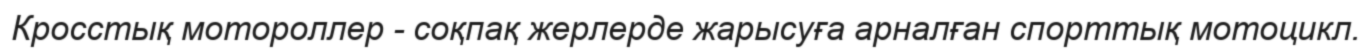
Кросстық мотороллер - соқпақ жерлерде жарысуға арналған спорттық мотоцикл.